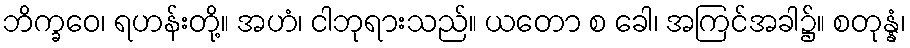
ဘိက္ခဝေ၊ ရဟန်းတို့။ အဟံ၊ ငါဘုရားသည်။ ယတော စ ခေါ၊ အကြင်အခါ၌။ စတုန္နံ၊